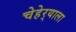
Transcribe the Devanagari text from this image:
चेहेर्‍याला